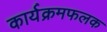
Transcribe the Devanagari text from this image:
कार्यक्रमफलक